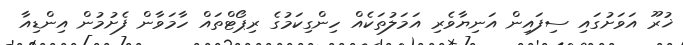
ޚުރޫ އަވަށުގައި ސިފައިން އަނިޔާވެރި އަމަލުތަކެއް ހިންގިކަމުގެ ރިޕޯޓްތައް ހާމަވާން ފެށުމުން އިންޑިއާ